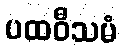
ပထဝီသမံ